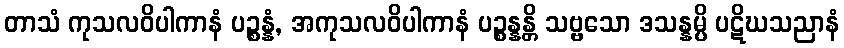
တာသံ ကုသလဝိပါကာနံ ပဉ္စန္နံ, အကုသလဝိပါကာနံ ပဉ္စန္နန္တိ သဗ္ဗသော ဒသန္နမ္ပိ ပဋိဃသညာနံ